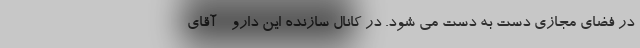
در فضای مجازی دست به دست می شود. در کانال سازنده این دارو - آقای